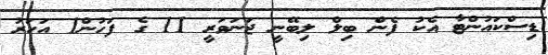
ޑިސްކައުންޓާ އެކު ފެން ބިލް ލިބޭނީ ޖަނަވަރީ 11 ގެ ފަހުން1 އަހަރު